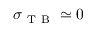
\sigma _ { \mathrm { ~ T ~ B ~ } } \simeq 0